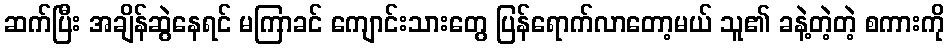
ဆက်ပြီး အချိန်ဆွဲနေရင် မကြာခင် ကျောင်းသားတွေ ပြန်ရောက်လာတော့မယ် သူ၏ ခနဲ့တဲ့တဲ့ စကားကို